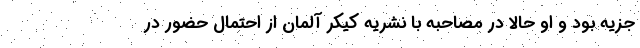
جزیه بود و او حالا در مصاحبه با نشریه کیکر آلمان از احتمال حضور در